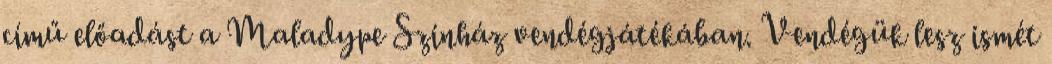
című előadást a Maladype Színház vendégjátékában. Vendégük lesz ismét